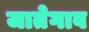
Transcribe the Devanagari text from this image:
जातेगाव